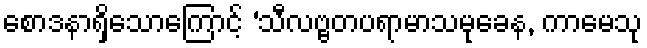
စောဒနာရှိသောကြောင့် ‘သီလဗ္ဗတပရာမာသမုခေန, ကာမေသု